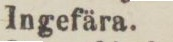
Ingefära.